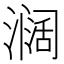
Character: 𱨸